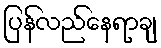
ပြန်လည်နေရာချ